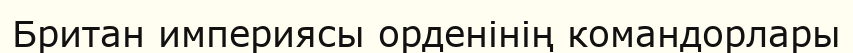
Британ империясы орденінің командорлары